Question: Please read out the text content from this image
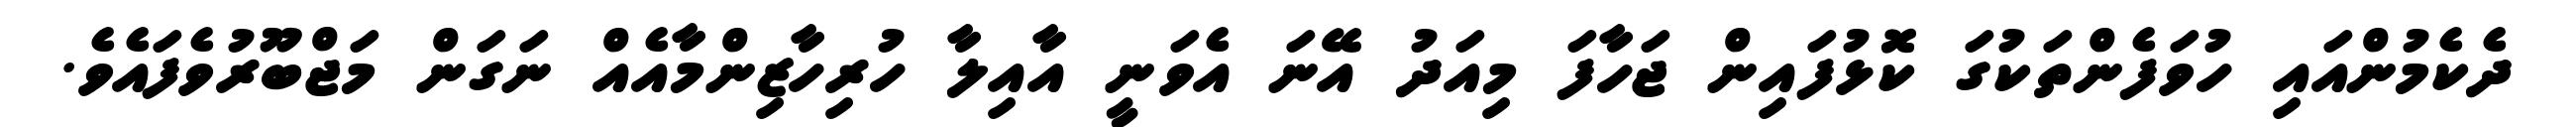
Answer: ދެކެމުންއައި ހުވަފެންތަކުގަ ކޮޅުފައިން ޖަހާފަ މިއަދު އޭނަ އެވަނީ އާއިލާ ހުރިހާޒިންމާއެއް ނަގަން މަޖްބޫރުވެފައެވެ.